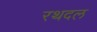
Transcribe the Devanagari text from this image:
रथदल